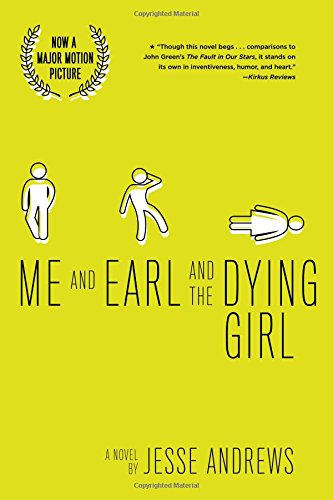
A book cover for Me and Earl and the Dying Girl (Revised Edition); Jesse Andrews; Teen & Young Adult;